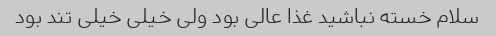
سلام خسته نباشید غذا عالی بود ولی خیلی خیلی تند بود